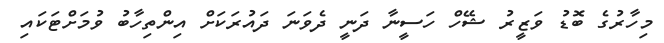
މިހާރުގެ ބޮޑު ވަޒީރު ޝޭހް ހަސީނާ ދަނީ ދެވަނަ ދައުރަކަށް އިންތިހާބު ވުމަށްޓަކައި